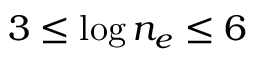
3 \leq \log n _ { e } \leq 6